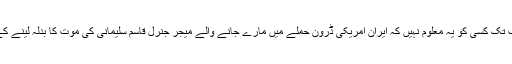
تجزیہ کاروں کا کہنا ہے کہ اب تک کسی کو یہ معلوم نہیں کہ ایران امریکی ڈرون حملے میں مارے جانے والے میجر جنرل قاسم سلیمانی کی موت کا بدلہ لینے کے لیے کہاں حملہ کر سکتا ہے۔